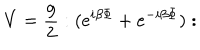
V = \frac { g } { 2 } : ( e ^ { i \beta \Phi } + e ^ { - i \beta \Phi } ) :